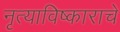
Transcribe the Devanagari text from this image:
नृत्याविष्काराचे